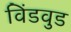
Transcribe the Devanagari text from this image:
विंडवुड